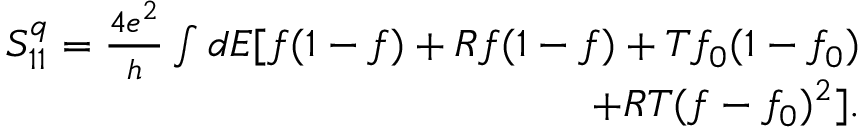
\begin{array} { r } { S _ { 1 1 } ^ { q } = \frac { 4 e ^ { 2 } } { h } \int d E [ f ( 1 - f ) + R f ( 1 - f ) + T f _ { 0 } ( 1 - f _ { 0 } ) } \\ { + R T ( f - f _ { 0 } ) ^ { 2 } ] . } \end{array}